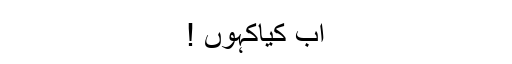
اب کیاکہوں !